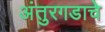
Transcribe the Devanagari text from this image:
अंतुरगडाचे